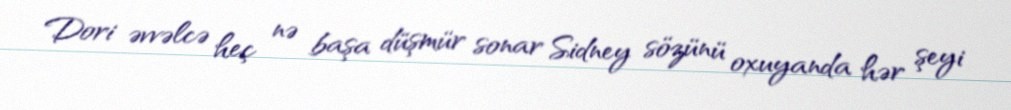
Dori əvvəlcə heç nə başa düşmür sonar Sidney sözünü oxuyanda hər şeyi